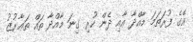
އޭގެ ފުރަތަމަ މާއްދާ އާއި ދެން ހުރި ގިނަ މާއްދާ ތައް ތަަޢާރުޒު